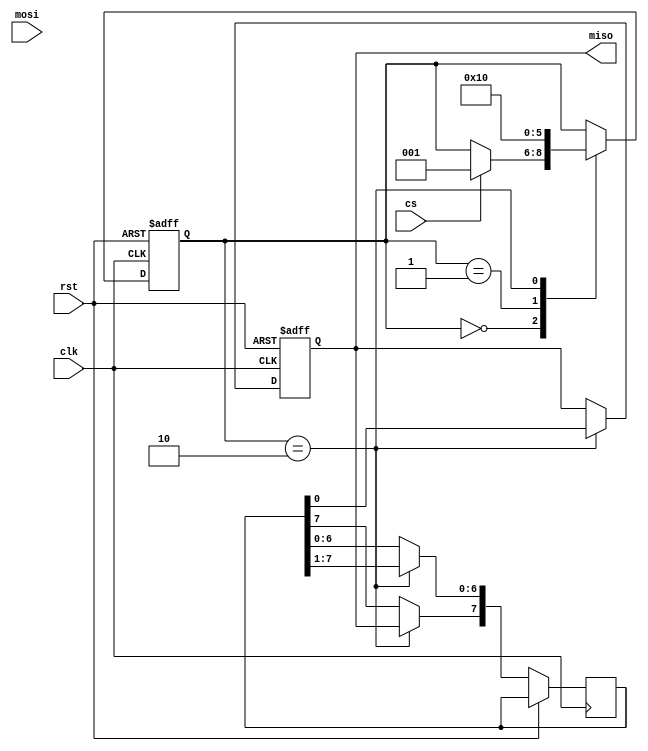
module spi_master (
    input wire clk,
    input wire rst,
    input wire cs,
    input wire mosi,
    output reg miso
);

reg [7:0] data_out;
reg [7:0] data_in;
reg [2:0] state;

always @(posedge clk or posedge rst) begin
    if (rst) begin
        state <= 0;
        miso <= 0;
    end else begin
        case(state)
            0: begin
                // Select slave device
                if (cs) begin
                    state <= 1;
                end
            end
            1: begin
                // Shift out data bits
                data_out <= data_out<<1;
                data_out[0] <= mosi;
                state <= 2;
            end
            2: begin
                // Capture incoming data bits
                miso <= data_in[0];
                data_in <= data_in>>1;
                data_in[7] <= miso;
                state <= 0;
            end
        endcase
    end
end

endmodule